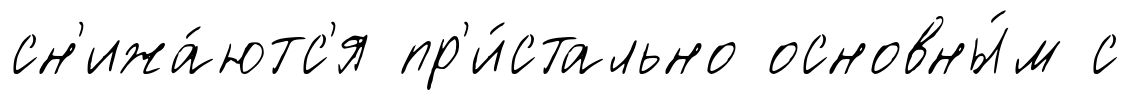
сн'ижа́ютс'я пр'и́стально основны́м с